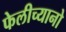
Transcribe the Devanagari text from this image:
फेलीच्यानो